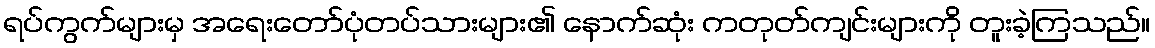
ရပ်ကွက်များမှ အရေးတော်ပုံတပ်သားများ၏ နောက်ဆုံး ကတုတ်ကျင်းများကို တူးခဲ့ကြသည်။